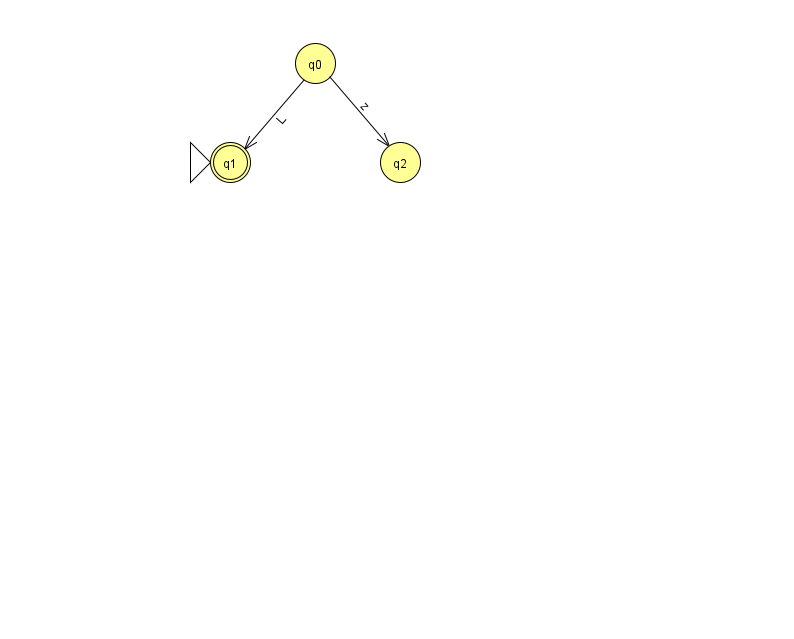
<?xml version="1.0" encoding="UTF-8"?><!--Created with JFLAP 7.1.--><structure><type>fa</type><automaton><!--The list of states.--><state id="0" name="q0"><x>315.0</x><y>50.0</y></state><state id="1" name="q1"><x>230.0</x><y>149.0</y><initial/><final/></state><state id="2" name="q2"><x>400.0</x><y>149.0</y></state><!--The list of transitions.--><transition><from>0</from><to>2</to><read>z</read></transition><transition><from>0</from><to>1</to><read>L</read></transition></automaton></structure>